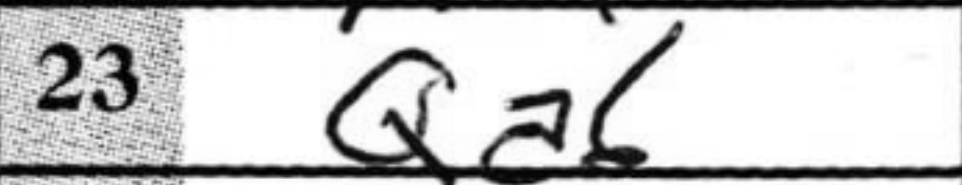
Transcription: Qa6